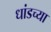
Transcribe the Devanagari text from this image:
धांडच्या